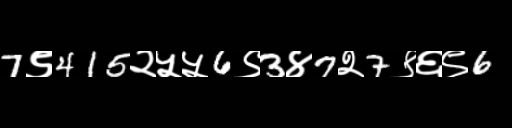
Text: 7९415२५५6९3४7२7९६९6